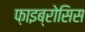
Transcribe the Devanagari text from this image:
फ़ाइब्रोसिस